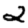
Digit: 2